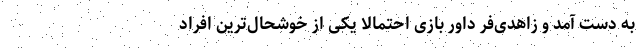
به دست آمد و زاهدی‌فر داور بازی احتمالاً یکی از خوشحال‌ترین افراد